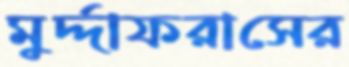
মুর্দ্দাফরাসের